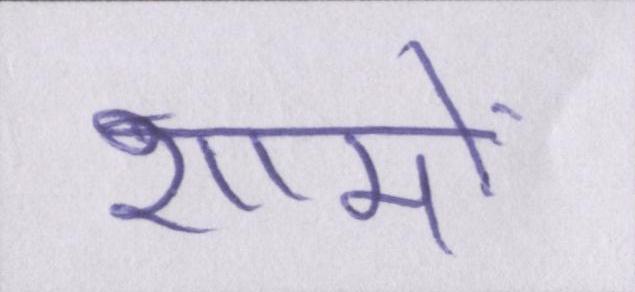
शामों